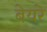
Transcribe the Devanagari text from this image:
बेयरे